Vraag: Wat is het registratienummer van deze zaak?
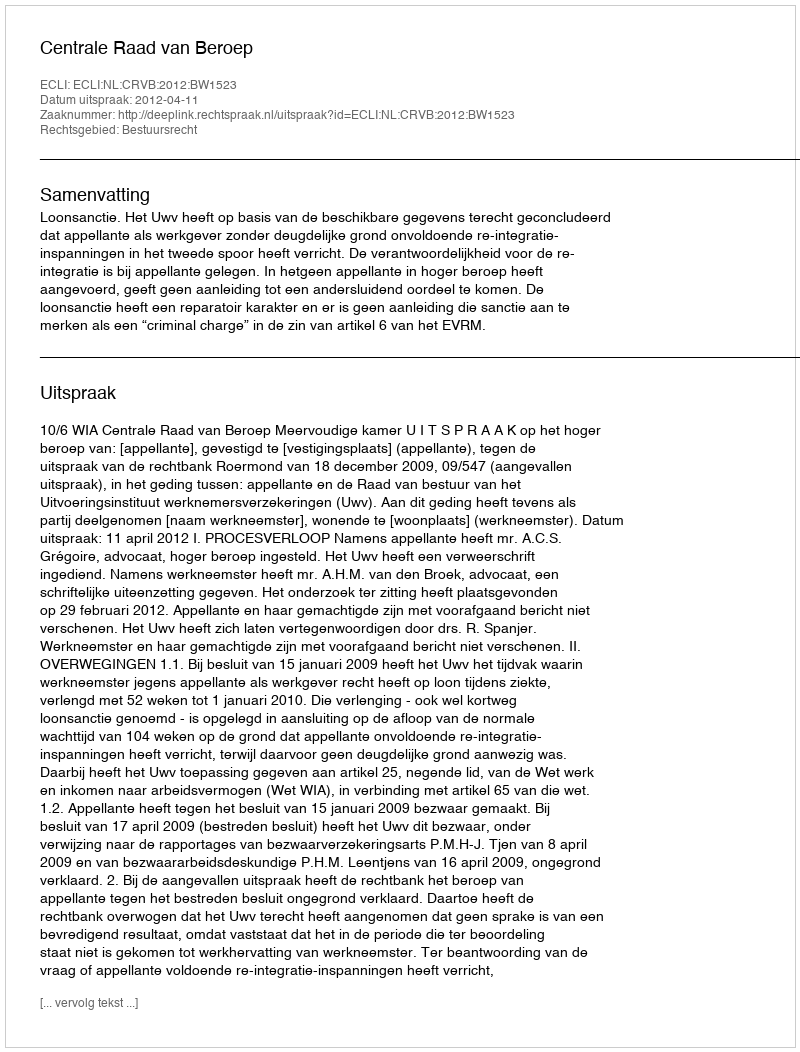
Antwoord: http://deeplink.rechtspraak.nl/uitspraak?id=ECLI:NL:CRVB:2012:BW1523